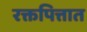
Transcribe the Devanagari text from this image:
रक्तपित्तात